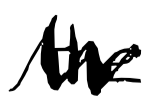
Text: the
Cross-out: zig-zag
Writing tool: digital_black